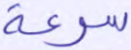
سرعة